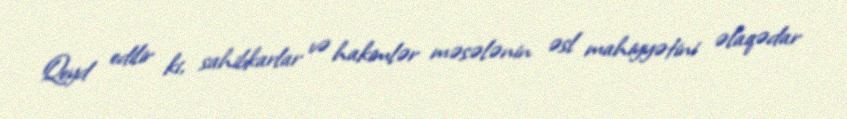
Qeyd edilir ki, sahibkarlar və hakimlər məsələnin əsl mahiyyətini əlaqədar